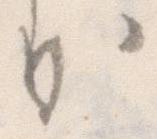
か